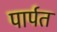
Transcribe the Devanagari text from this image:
पार्पत